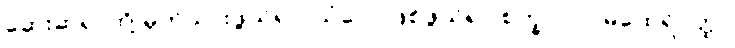
ဆေးဆရာတို့ မှတ်သားဖွယ်ရာ၊ သံဝေဂဖြစ်ဖွယ်ရာ စက္ခုပါလ မထေရ်ဝတ္ထု၊